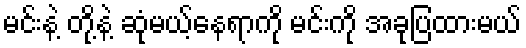
မင်းနဲ့ တို့နဲ့ ဆုံမယ့်နေရာကို မင်းကို အခုပြထားမယ်